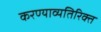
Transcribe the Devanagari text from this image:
करण्याव्यतिरिक्त